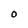
Character: O